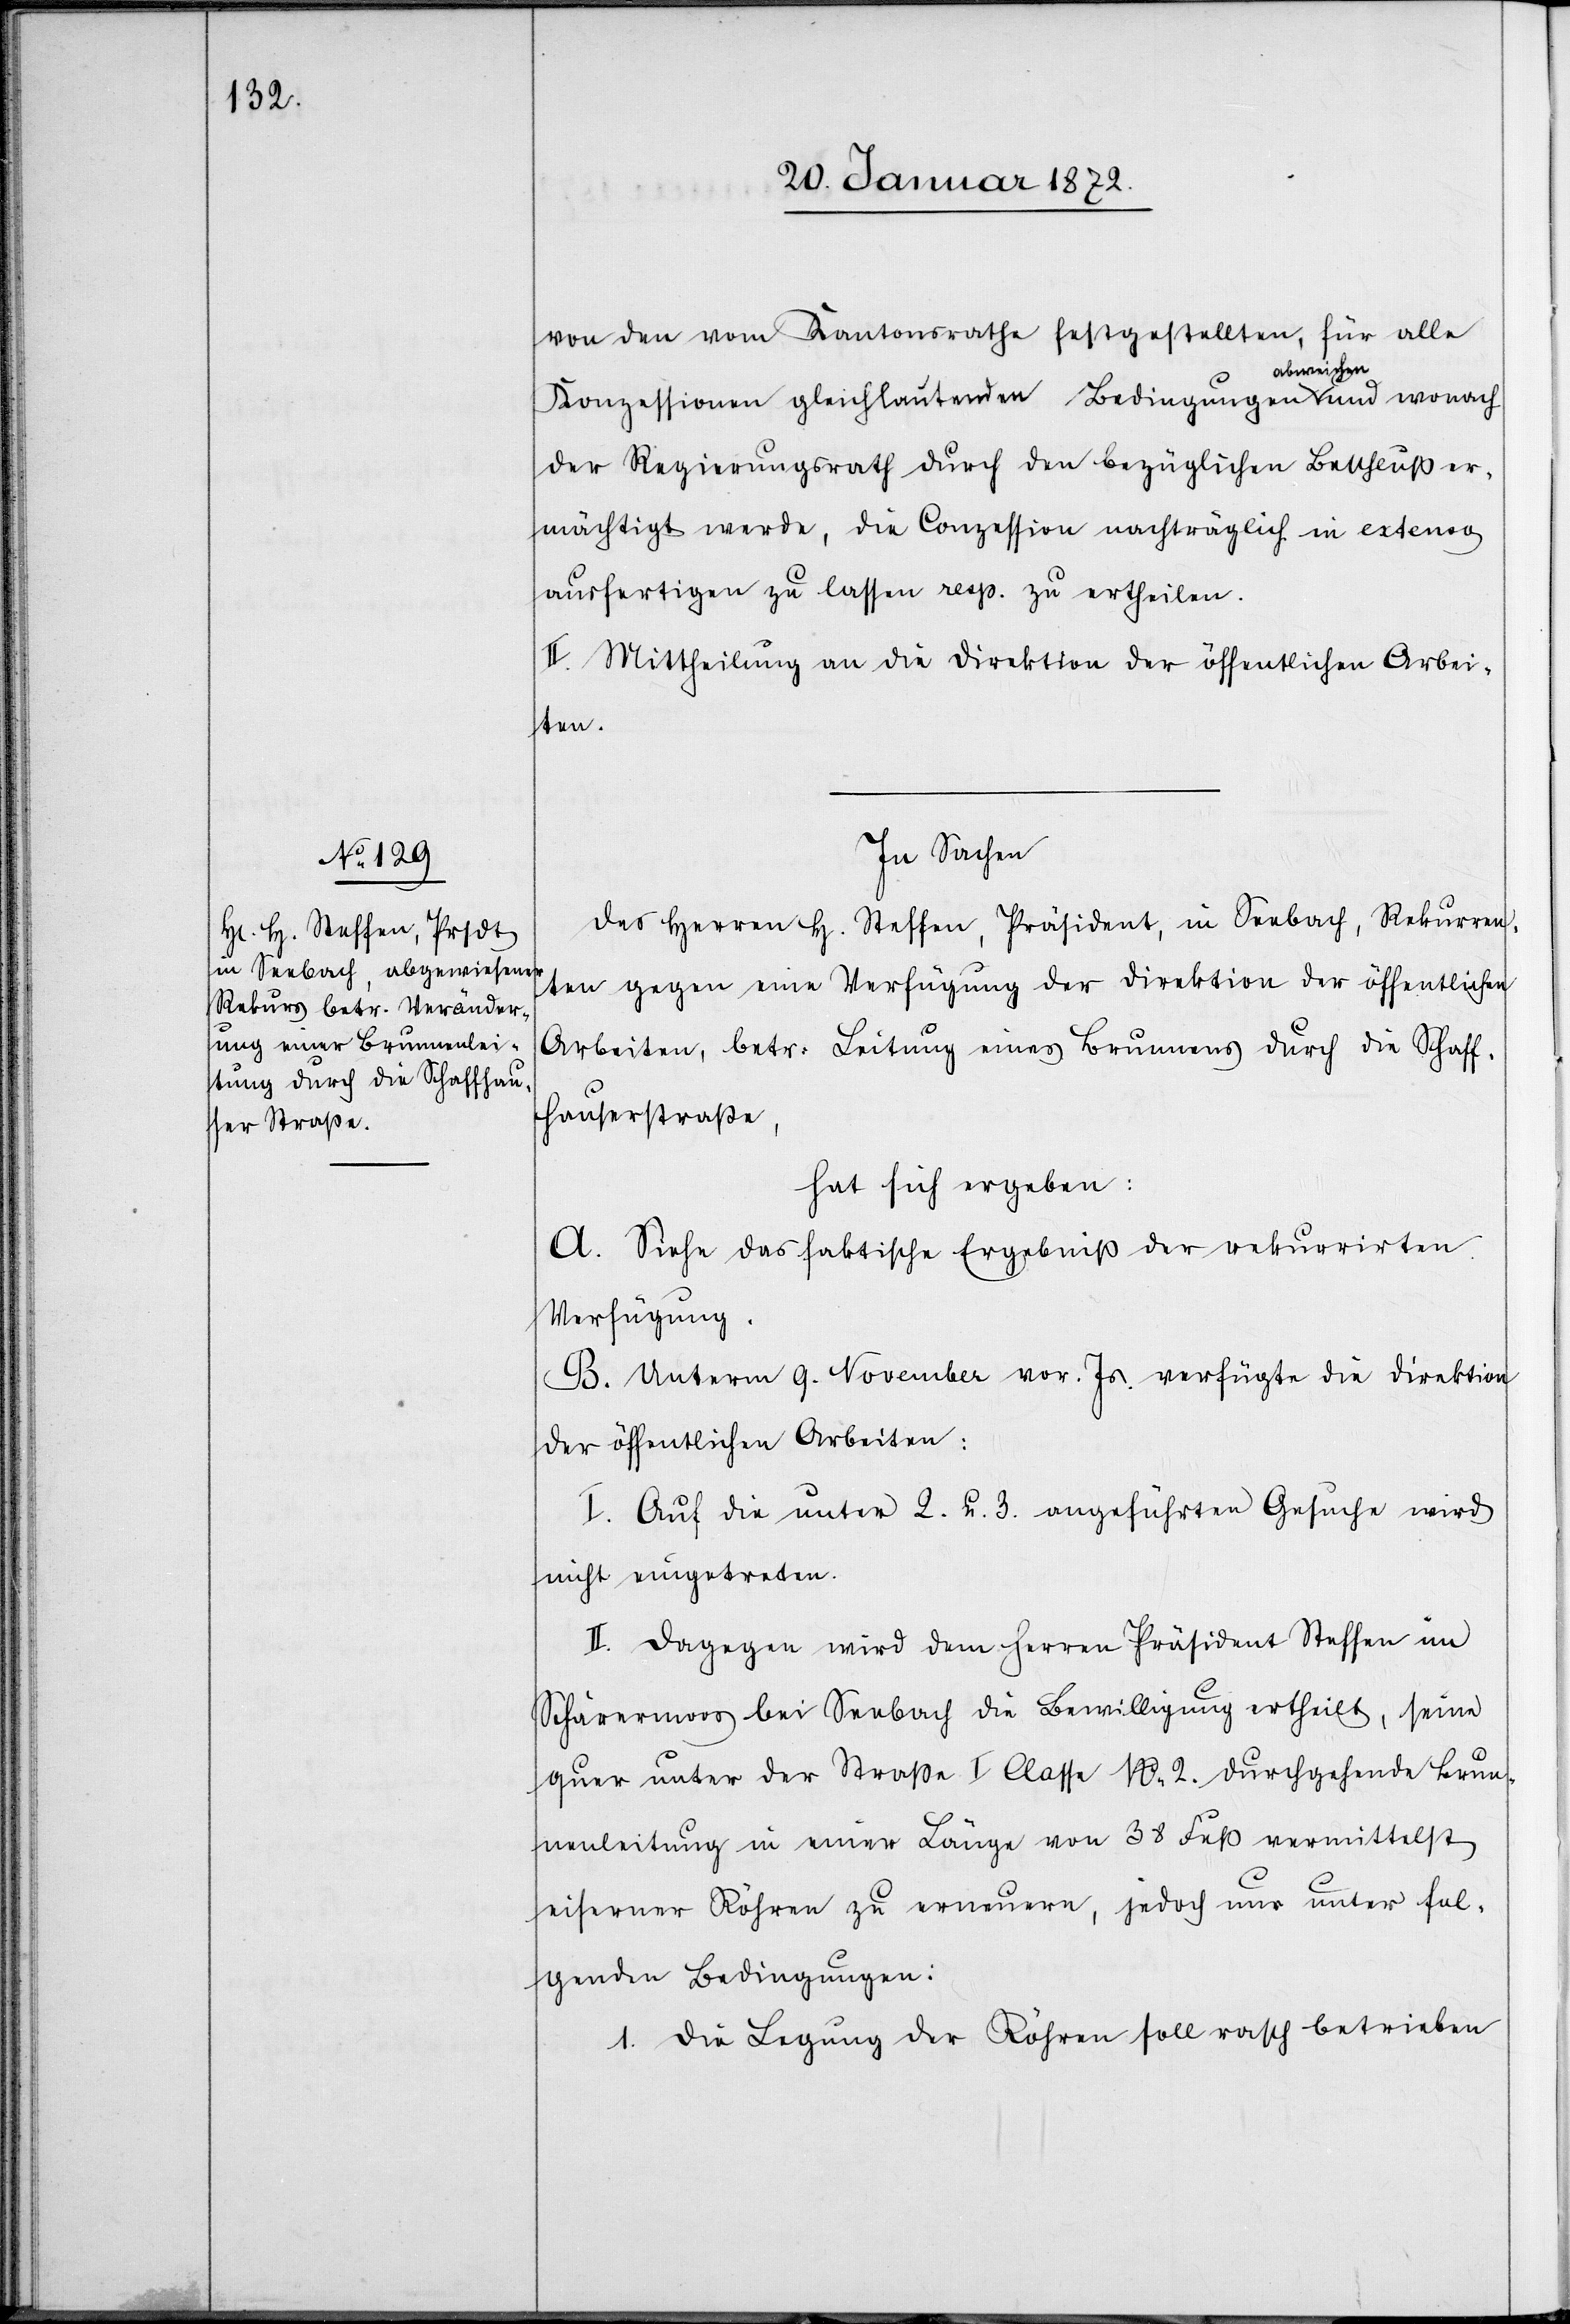
von den vom Kantonsrathe festgestellten, für alle
Konzessionen gleichlautenden Bedingungen abweichen und wonach
der Regierungsrath durch den bezüglichen Beschluß er¬
mächtigt werde, die Conzession nachträglich in extenso
ausfertigen zu lassen resp. zu ertheilen.
II. Mittheilung an die Direktion der öffentlichen Arbei¬
ten.
In Sachen
des Herren H. Steffen, Präsident, in Seebach, Rekurren¬
ten gegen eine Verfügung der Direktion der öffentlichen
Arbeiten, betr: Leitung eines Brunnens durch die Schaff¬
hauserstraße,
hat sich ergeben:
A. Siehe das faktische Ergebniß der rekurrirten
Verfügung.
B. Unterm 9. November vor. Js. verfügte die Direktion
der öffentlichen Arbeiten:
I. Auf die unter 2. u. 3. angeführten Gesuche wird
nicht eingetreten.
II. Dagegen wird dem Herren Präsident Steffen im
Schärermoos bei Seebach die Bewilligung ertheilt, seine
quer unter der Straße I Classe No 2. durchgehende Brun¬
nenleitung in einer Länge von 38 Fuß vermittelst
eiserner Röhren zu erneuern, jedoch nur unter fol¬
genden Bedingungen:
1. Die Legung der Röhren soll rasch betrieben